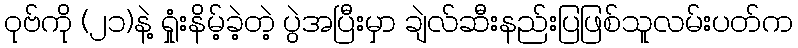
ဝုဗ်ကို (၂၁)နဲ့ ရှုံးနိမ့်ခဲ့တဲ့ ပွဲအပြီးမှာ ချဲလ်ဆီးနည်းပြဖြစ်သူလမ်းပတ်က